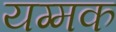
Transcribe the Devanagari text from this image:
यग्मक